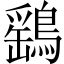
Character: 鷂